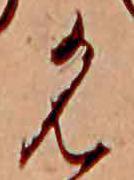
名